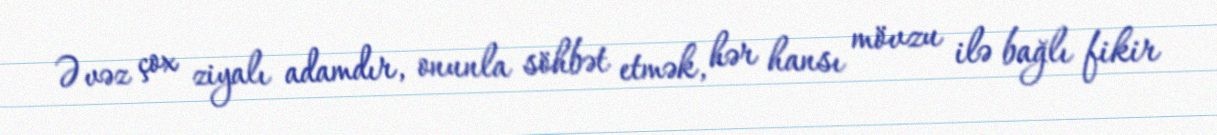
Əvəz çox ziyalı adamdır, onunla söhbət etmək, hər hansı mövzu ilə bağlı fikir